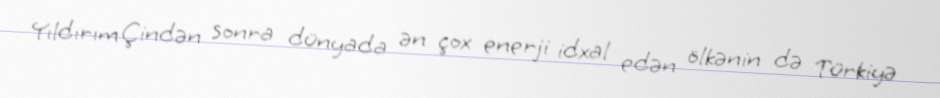
Yıldırım Çindən sonra dünyada ən çox enerji idxal edən ölkənin də Türkiyə